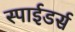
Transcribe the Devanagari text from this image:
स्पाईडर्स